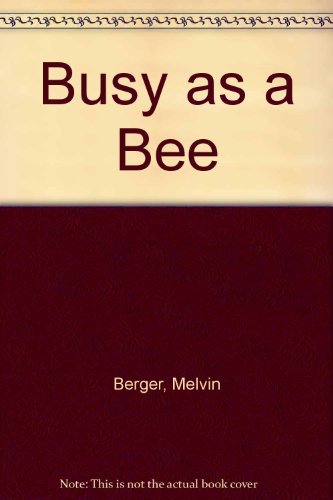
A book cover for Busy as a Bee: Mini Book; Sports & Outdoors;